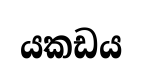
යකඩය